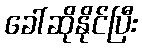
ခေါ်ဆိုနိုင်ပြီး